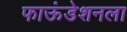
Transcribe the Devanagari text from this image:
फाऊंडेशनला